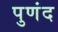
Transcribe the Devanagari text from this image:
पुणंद